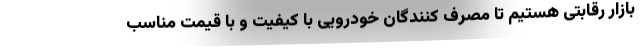
بازار رقابتی هستیم تا مصرف کنندگان خودرویی با کیفیت و با قیمت مناسب